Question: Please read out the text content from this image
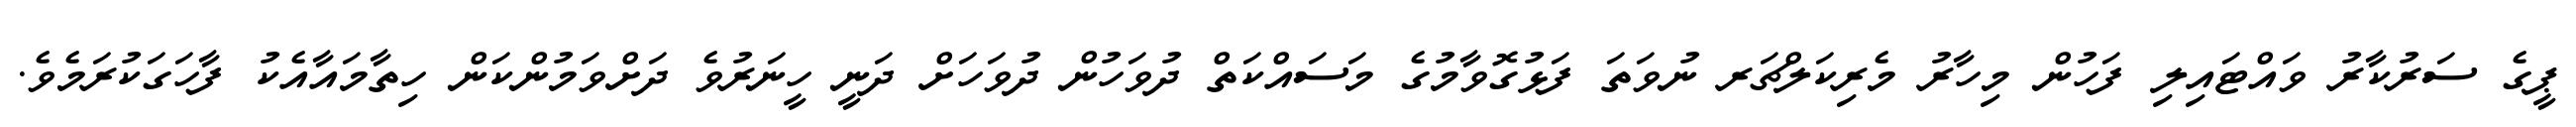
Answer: ޕީގެ ސަރުކާރު ވައްޓައިލި ފަހުން މިހާރު މެރިކަލްޗަރ ނުވަތަ ފަޅުގޮވާމުގެ މަސައްކަތް ދުވަހުން ދުވަހަށް ދަނީ ހީނަރުވެ ދަށްވަމުންކަން ހިތާމައާއެކު ފާހަގަކުރަމެވެ.